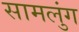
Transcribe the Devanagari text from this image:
सामलुंग